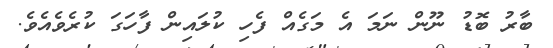
ބާރު ބޮޑު ނޫން ނަމަ އެ މަގެއް ފެހި ކުލައިން ފާހަގަ ކުރެވެއެވެ.